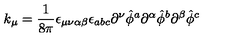
k _ { \mu } = { \frac { 1 } { 8 \pi } } \epsilon _ { \mu \nu \alpha \beta } \epsilon _ { a b c } \partial ^ { \nu } { \hat { \phi } } ^ { a } \partial ^ { \alpha } { \hat { \phi } } ^ { b } \partial ^ { \beta } { \hat { \phi } } ^ { c }